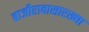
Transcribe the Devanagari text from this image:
बाजीरावासारख्या